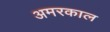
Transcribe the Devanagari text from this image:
अमरकाल